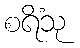
စရိံသု